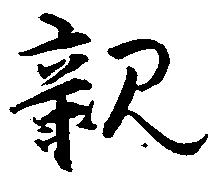
親